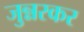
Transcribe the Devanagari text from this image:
जुन्नरकर